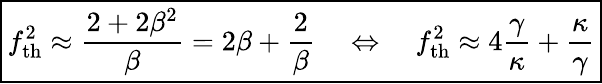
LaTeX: \begin{array}{r}{\boxed{f_{\mathrm{th}}^{2}\approx\frac{2+2\beta^{2}}{\beta}=2\beta+\frac{2}{\beta}\quad\Leftrightarrow\quad f_{\mathrm{th}}^{2}\approx 4\frac{\gamma}{\kappa}+\frac{\kappa}{\gamma}}}\end{array}